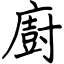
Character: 廚